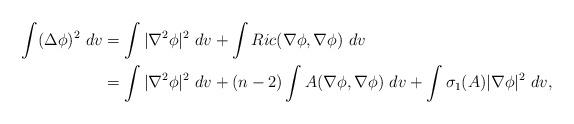
LaTeX: \begin{align*}\int (\Delta \phi)^2\ dv &= \int |\nabla^2 \phi|^2\ dv + \int Ric(\nabla \phi,\nabla \phi)\ dv \\&= \int |\nabla^2 \phi|^2\ dv + (n-2) \int A(\nabla \phi,\nabla \phi)\ dv + \int \sigma_1(A)|\nabla \phi|^2\ dv,\end{align*}